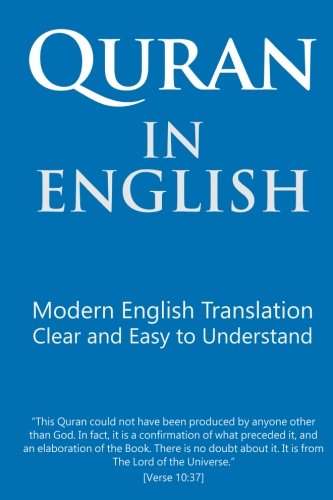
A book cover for Quran in English: Clear and Easy to Understand. Modern English Translation.; Mr. Talal Itani; Religion & Spirituality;